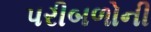
પરીબળોની